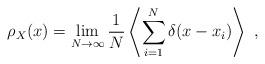
LaTeX: \begin{align*}\rho_X(x)=\lim_{N\to\infty}\frac{1}{N}\left\langle\sum_{i=1}^N\delta(x-x_i)\right\rangle\ ,\end{align*}